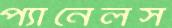
প্যানেলস